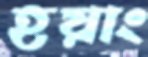
হয়াং